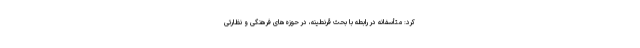
کرد: متأسفانه در رابطه با بحث قرنطینه، در حوزه‌های فرهنگی و نظارتی